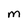
Character: m